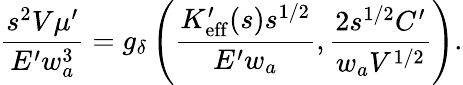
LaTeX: \frac{s^{2}V\mu^{\prime}}{E^{\prime}w_{a}^{3}}=g_{\delta}\left(\frac{K_{\mathrm{eff}}^{\prime}(s)s^{1/2}}{E^{\prime}w_{a}},\frac{2s^{1/2}C^{\prime}}{w_{a}V^{1/2}}\right).